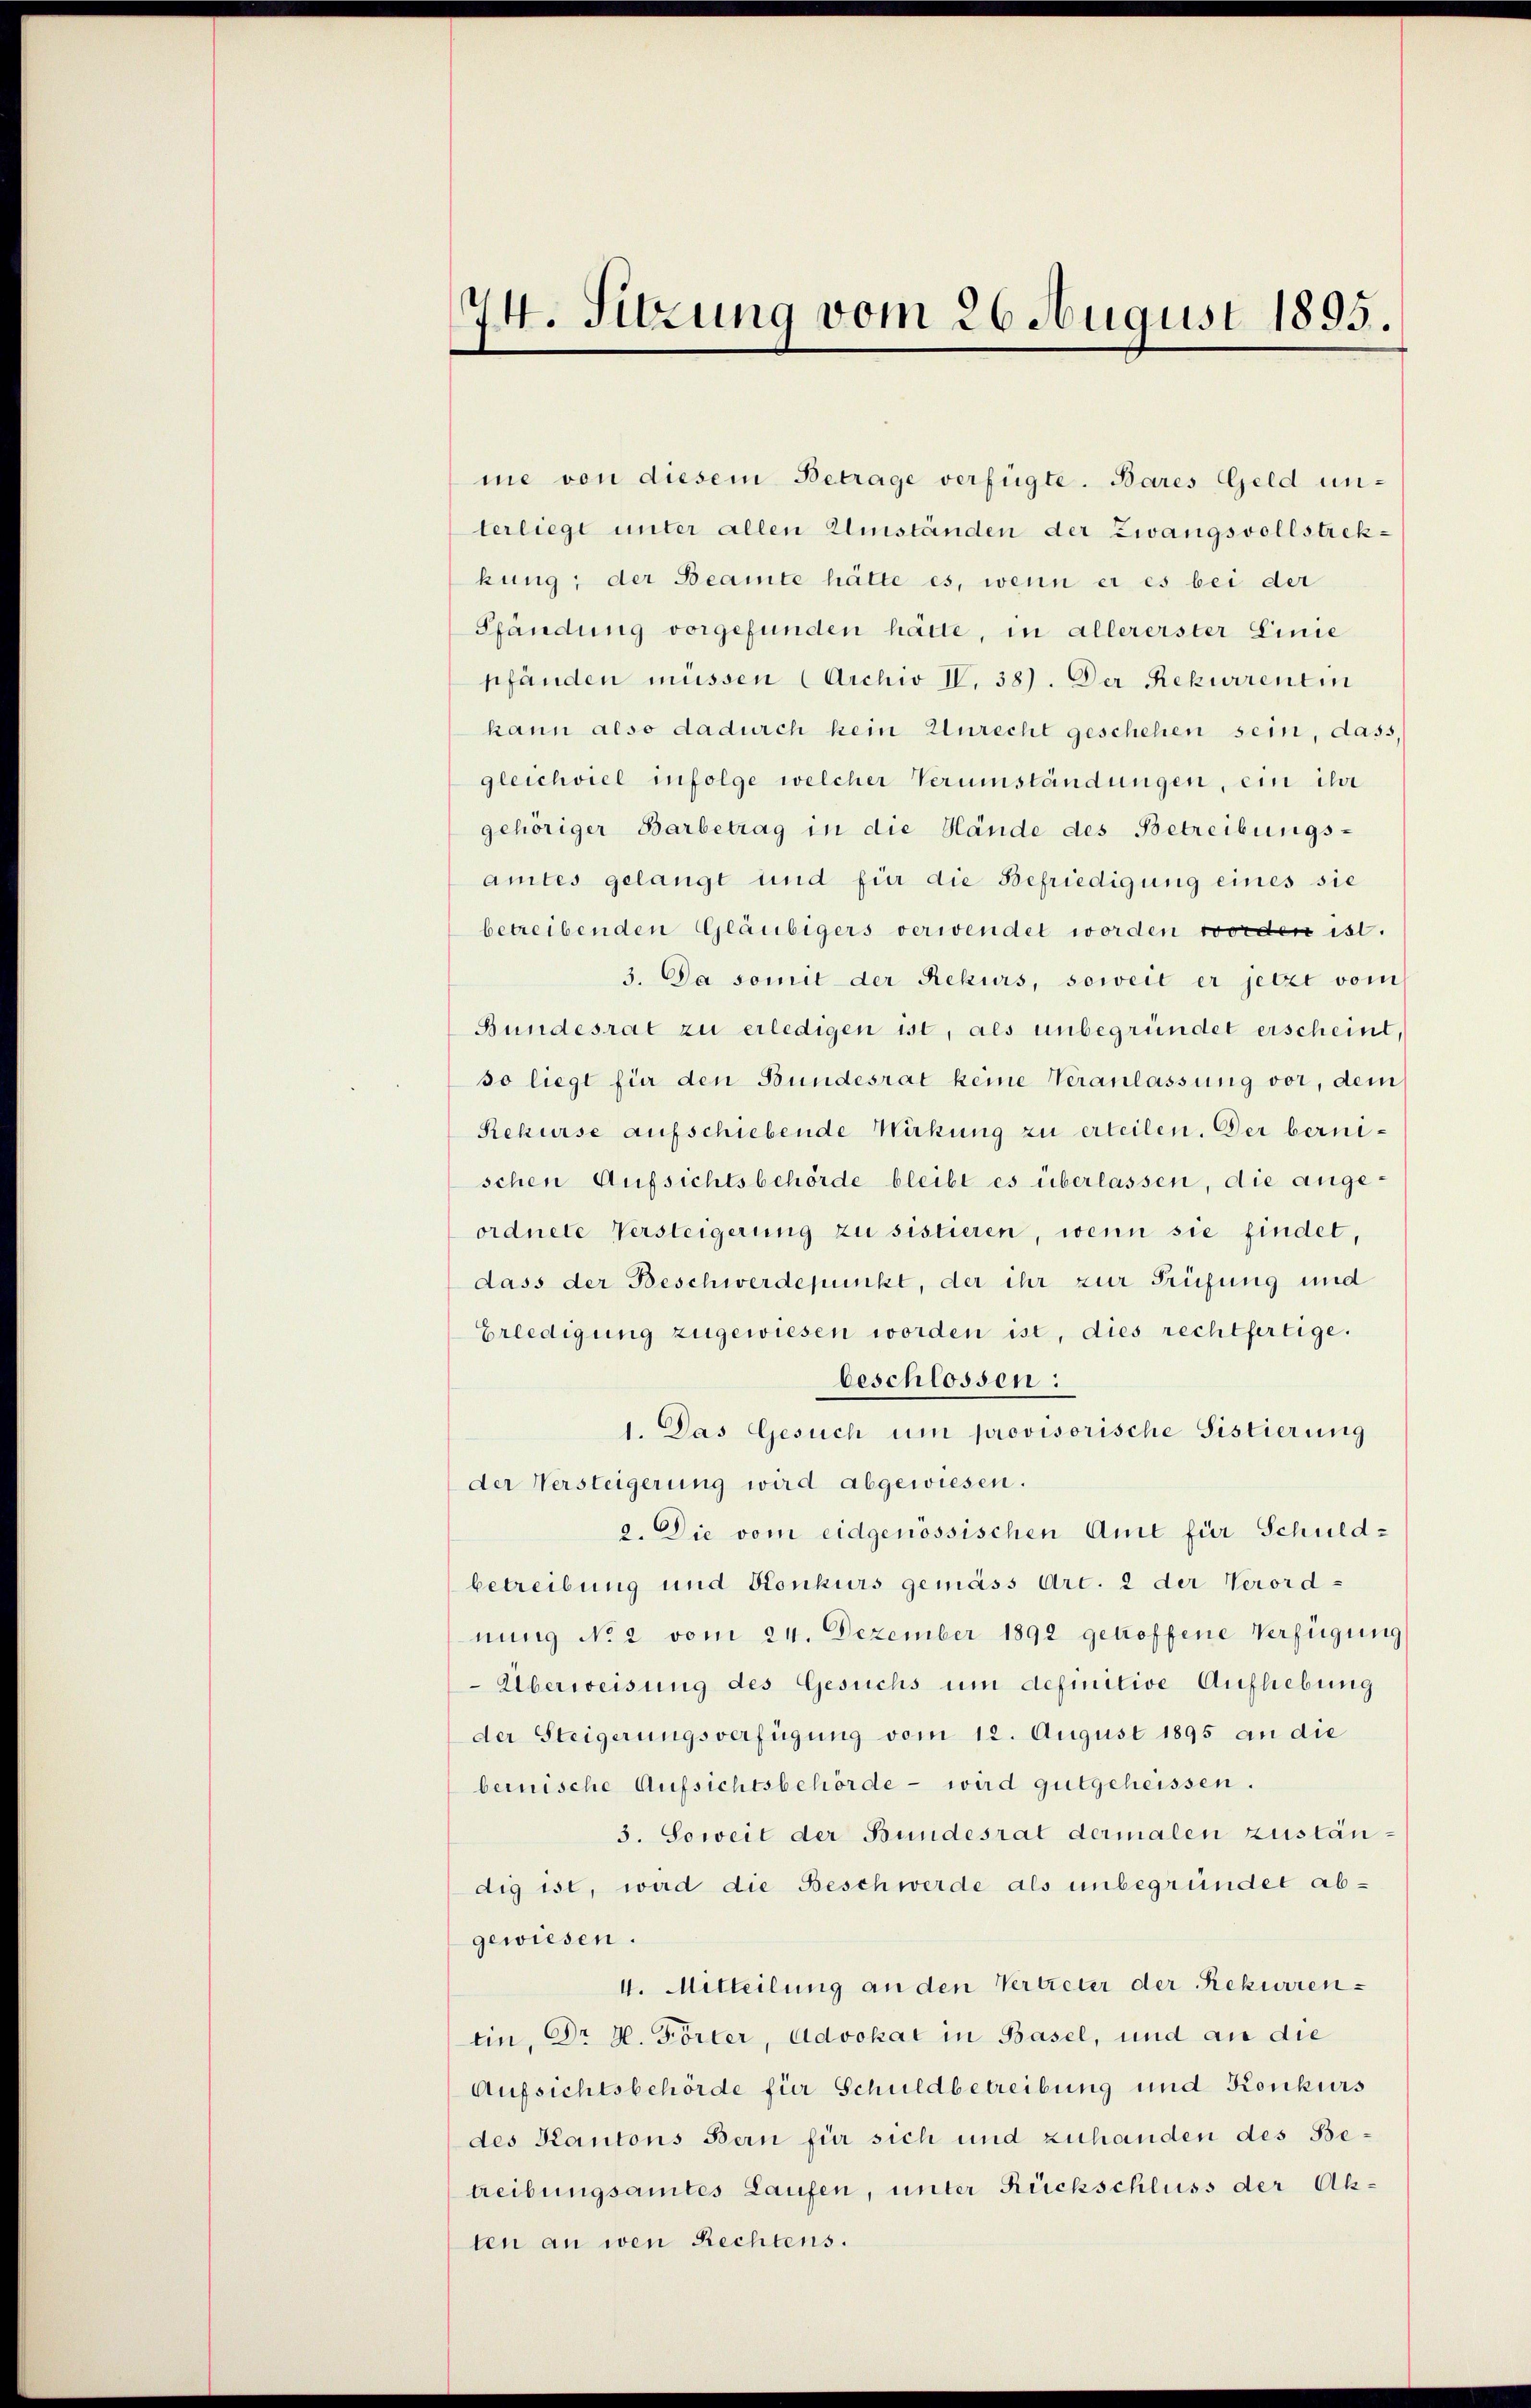
74. Sitzung vom 26. August 1895.

me von diesem Betrage verfügte. Bares Geld unterliegt unter allen Umständen der Zwangsvollstrekkung; der Beamte hätte es, wenn er es bei der
Pfändung vorgefunden hätte, in allererster Linie
pfänden müssen (Archiv IV. 38). Der Rekurrentin
kann also dadurch kein Unrecht geschehen sein, dass,
gleichviel infolge welcher Verumständungen, ein ihr
gehöriger Barbetrag in die Hände des Betreibungs-
amtes gelangt und für die Befriedigung eines sie
betreibenden Gläubigers verwendet worden worden ist.
3. Da somit der Rekurs, soweit er jetzt vom
Bundesrat zu erledigen ist, als unbegründet erscheint,
so liegt für den Bundesrat keine Veranlassung vor, dem
Rekurse aufschiebende Wirkung zu erteilen. Der bernischen Aufsichtsbehörde bleibt es überlassen, die angeordnete Versteigerung zu sistieren, wenn sie findet
dass der Beschwerdepunkt, der ihr zur Prüfung und
Erledigung zugewiesen worden ist, dies rechtfertige.
beschlossen:
1. Das Gesuch um provisorische Sistierung
der Versteigerung wird abgewiesen.
2. Die vom eidgenössischen Amt für Schuld-
betreibung und Konkurs gemäss Art. 2 der Verordnung No 2 vom 24. Dezember 1892 getroffene Verfügung
Überweisung des Gesuchs um definitive Aufhebung
der Steigerungsverfügung vom 12. August 1895 an die
bernische Aufsichtsbehörde - wird gutgeheissen.
3. Soweit der Bundesrat dermalen zuständig ist, wird die Beschwerde als unbegründet ab-
gewiesen.
V. Mitteilung an den Vertreuer der Rekurrenein, Dr H. Förter, Advokat in Basel, und an die
Aufsichtsbehörde für Schuldbetreibung und Konkurs
des Kantons Bern für sich und zuhanden des Betreibungsamtes Laufen, unter Rückschluss der Akten an wen Rechtens.